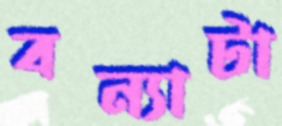
বন্যাটা